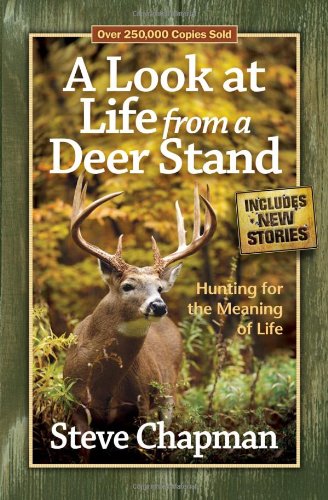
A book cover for A Look at Life from a Deer Stand: Hunting for the Meaning of Life; Steve Chapman; Christian Books & Bibles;